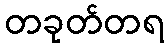
တခုတ်တရ